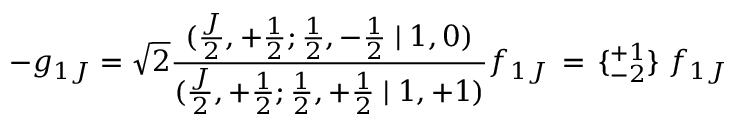
- g _ { 1 J } = \sqrt { 2 } \frac { ( \frac { J } { 2 } , + \frac { 1 } { 2 } ; \frac { 1 } { 2 } , - \frac { 1 } { 2 } \mid 1 , 0 ) } { ( \frac { J } { 2 } , + \frac { 1 } { 2 } ; \frac { 1 } { 2 } , + \frac { 1 } { 2 } \mid 1 , + 1 ) } f _ { 1 J } \, = \, \{ { } _ { - 2 } ^ { + 1 } \} \; f _ { 1 J }